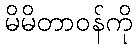
မိမိတာဝန်ကို